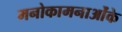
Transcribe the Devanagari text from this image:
मनोकामनाओंके